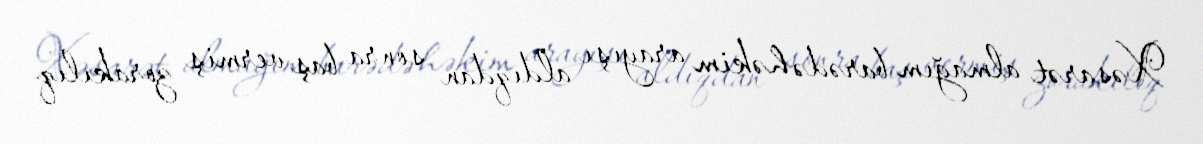
Xəsarət almağım barədə həkim arayışı aldıqdan sonra baş vermiş zorakılıq